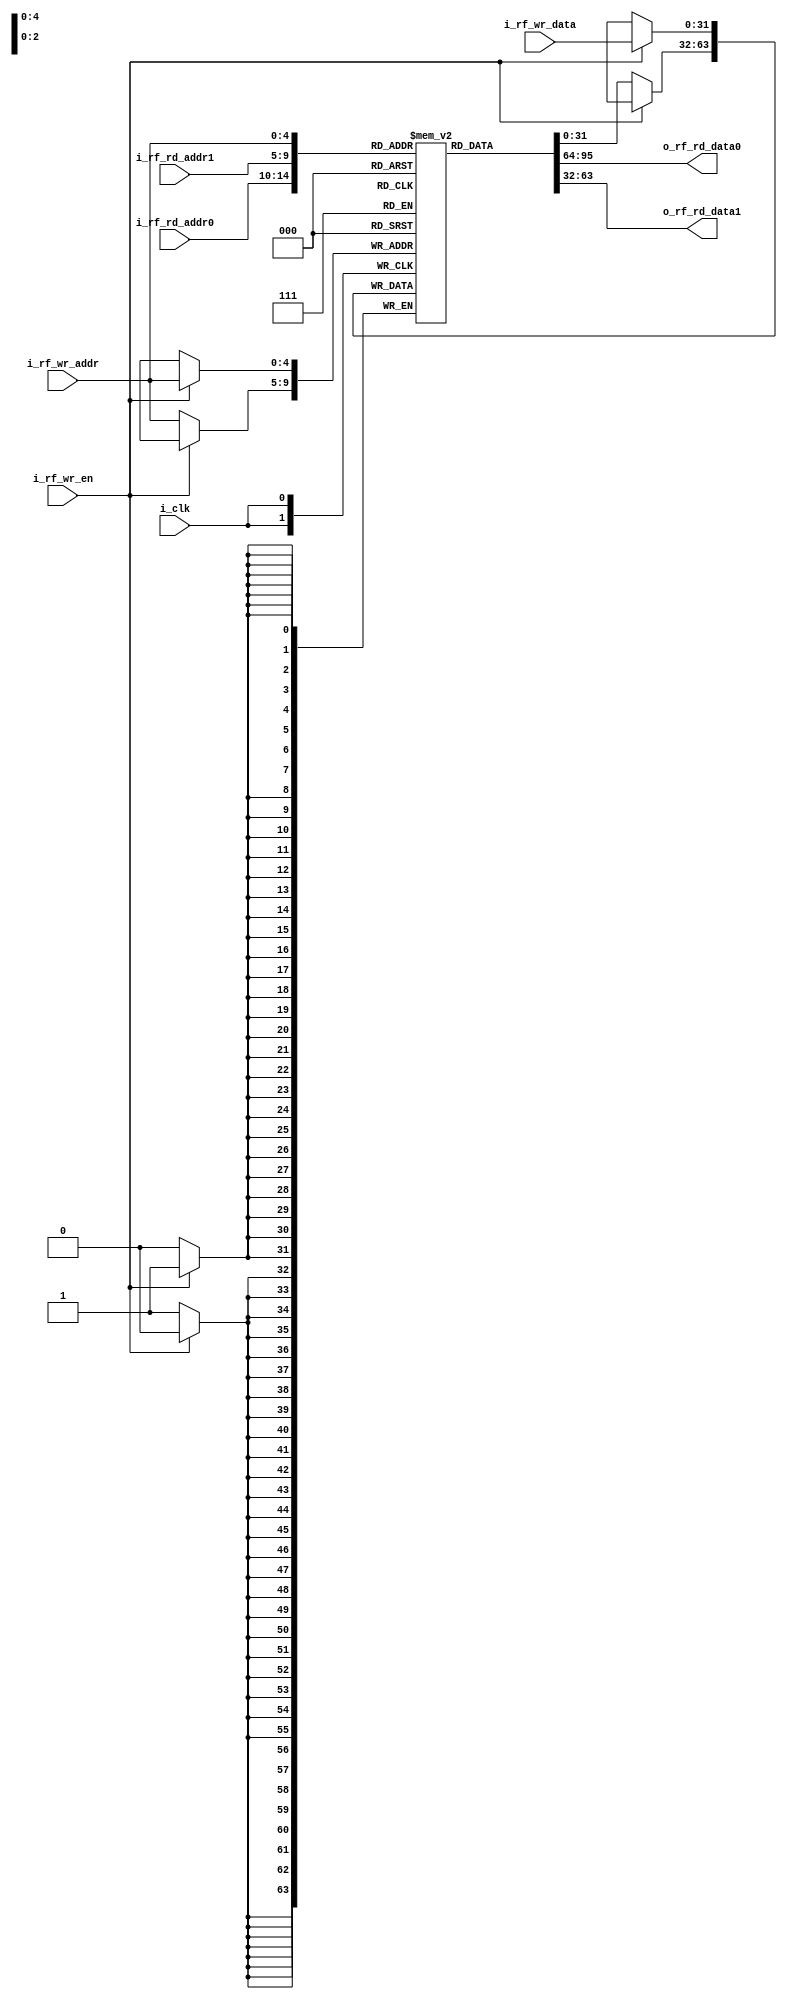
// ==================================================
//	[ ZARAM OJT. ]
//	* Author		: Seok Jin Son (sonsj98@zaram.com)
//	* Filename		: regfile.v
//	* Date			: 2024-06-26 15:43:07
//	* Description	:
// ==================================================

module regfile 
#(
	parameter	MIF_FILE	= "regfile.mif",
	parameter	BW_DATA		= 32,
	parameter	BW_ADDR 	= 5
)
(
	output	[BW_DATA-1:0]	o_rf_rd_data0,
	output	[BW_DATA-1:0]	o_rf_rd_data1,
	input	[BW_ADDR-1:0]	i_rf_rd_addr0,
	input	[BW_ADDR-1:0]	i_rf_rd_addr1,
	input	[BW_DATA-1:0]	i_rf_wr_data,
	input	[BW_ADDR-1:0]	i_rf_wr_addr,
	input					i_rf_wr_en,
	input					i_clk
);
	
	reg		[BW_DATA-1:0]	rf_arr[0:2**BW_ADDR-1];

	//Async. Read
	assign	o_rf_rd_data0	= rf_arr[i_rf_rd_addr0];
	assign	o_rf_rd_data1	= rf_arr[i_rf_rd_addr1];


	`ifdef	MEM_INIT
		initial begin
			$readmemb(MIF_FILE, rf_arr);
		end
	`endif


	always @(posedge i_clk) begin
		if (i_rf_wr_en) begin
			rf_arr[i_rf_wr_addr] <= i_rf_wr_data;
		end else begin
			rf_arr[i_rf_wr_addr] <= rf_arr[i_rf_wr_addr];
		end
	end


endmodule